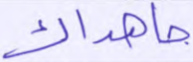
جاهداك